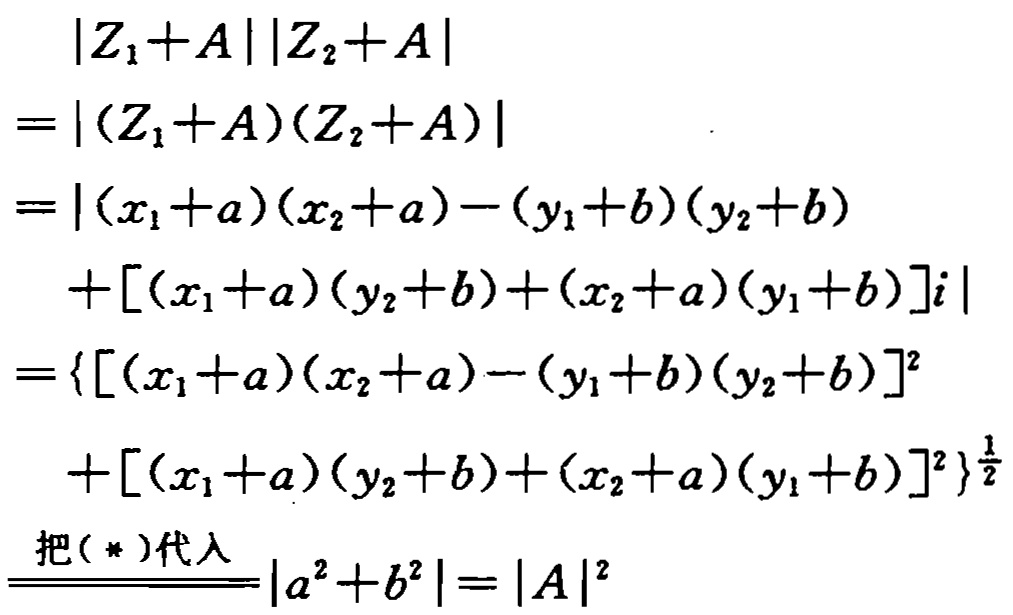
\[
\begin{align*}
&|Z_1 + A||Z_2 + A|\\
=&|(Z_1 + A)(Z_2 + A)|\\
=&|(x_1 + a)(x_2 + a) - (y_1 + b)(y_2 + b)\\
&\quad+[(x_1 + a)(y_2 + b)+(x_2 + a)(y_1 + b)]i|\\
=&\left\{[(x_1 + a)(x_2 + a) - (y_1 + b)(y_2 + b)]^2\right.\\
&\quad\left.+[(x_1 + a)(y_2 + b)+(x_2 + a)(y_1 + b)]^2\right\}^{\frac{1}{2}}\\
&\overset{把(*)代入}{=}|a^2 + b^2| = |A|^2
\end{align*}
\]